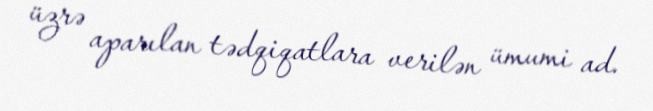
üzrə aparılan tədqiqatlara verilən ümumi ad.